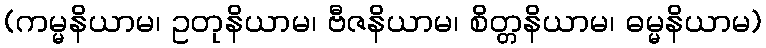
(ကမ္မနိယာမ၊ ဥတုနိယာမ၊ ဗီဇနိယာမ၊ စိတ္တနိယာမ၊ ဓမ္မနိယာမ)